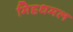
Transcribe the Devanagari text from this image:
मिट्टधमल